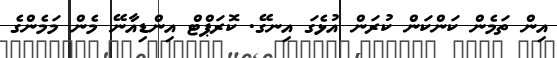
އިން ތަމެން ކަންކަން ކުރަން އުޅެގަ އިނގޭ. ކޮރަޕްޓް އިންޑިއާނޭ މެން މަމެންގެ